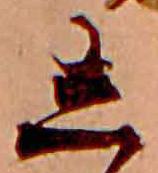
し